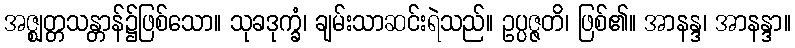
အဇ္ဈတ္တသန္တာန်၌ဖြစ်သော။ သုခဒုက္ခံ၊ ချမ်းသာဆင်းရဲသည်။ ဥပ္ပဇ္ဇတိ၊ ဖြစ်၏။ အာနန္ဒ၊ အာနန္ဒာ။